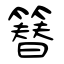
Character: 簮